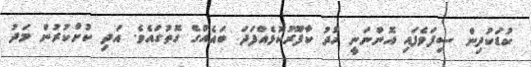
ކުޑަކުދިން ސިފަވެފައި އޮންނަނީ ހުދު ކާފޫރުކޮޅެއްފަދަ ބައެެއްގެ ގޮތުގައެވެ. އަދި ކުށްކުރުން މަދު